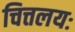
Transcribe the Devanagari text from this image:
चित्तलयः